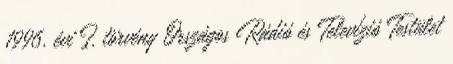
1996. évi I. törvény Országos Rádió és Televízió Testület